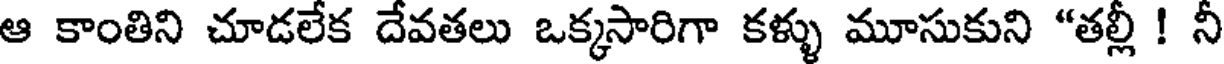
ఆ కాంతిని చూడలేక దేవతలు ఒక్కసారిగా కళ్ళు మూసుకుని "తల్లీ ! నీ